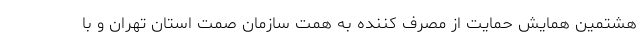
هشتمین همایش حمایت از مصرف کننده به همت سازمان صمت استان تهران و با